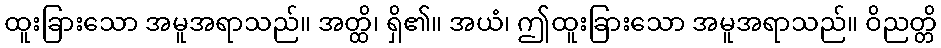
ထူးခြားသော အမူအရာသည်။ အတ္ထိ၊ ရှိ၏။ အယံ၊ ဤထူးခြားသော အမူအရာသည်။ ဝိညတ္တိ